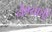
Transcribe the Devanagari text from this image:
नेंण्याची